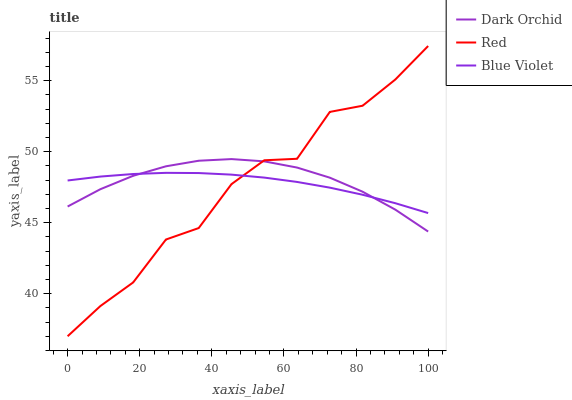
| xaxis_label | Dark Orchid | Red | Blue Violet |
 | --- | --- | --- | --- |
 | 0 | 46.1 | 37 | 48 |
 | 9.09 | 47.4 | 39.1 | 48.2 |
 | 18.2 | 48.3 | 40.8 | 48.4 |
 | 27.3 | 49 | 43.8 | 48.5 |
 | 36.4 | 49.4 | 44.6 | 48.5 |
 | 45.5 | 49.5 | 47.7 | 48.4 |
 | 54.5 | 49.3 | 49.4 | 48.2 |
 | 63.6 | 48.9 | 49.5 | 47.9 |
 | 72.7 | 48.2 | 52.8 | 47.5 |
 | 81.8 | 47.2 | 53.2 | 47 |
 | 90.9 | 45.9 | 55.1 | 46.4 |
 | 100 | 44.4 | 57.4 | 45.7 |